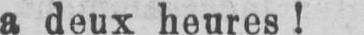
a deux heures!